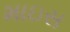
માઇસ